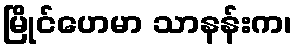
မြိုင်ဟေမာ သာနန်းက၊